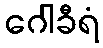
ဂေါခီရံ